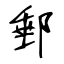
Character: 郵